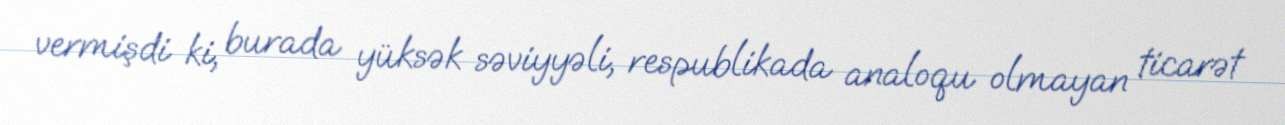
vermişdi ki, burada yüksək səviyyəli, respublikada analoqu olmayan ticarət